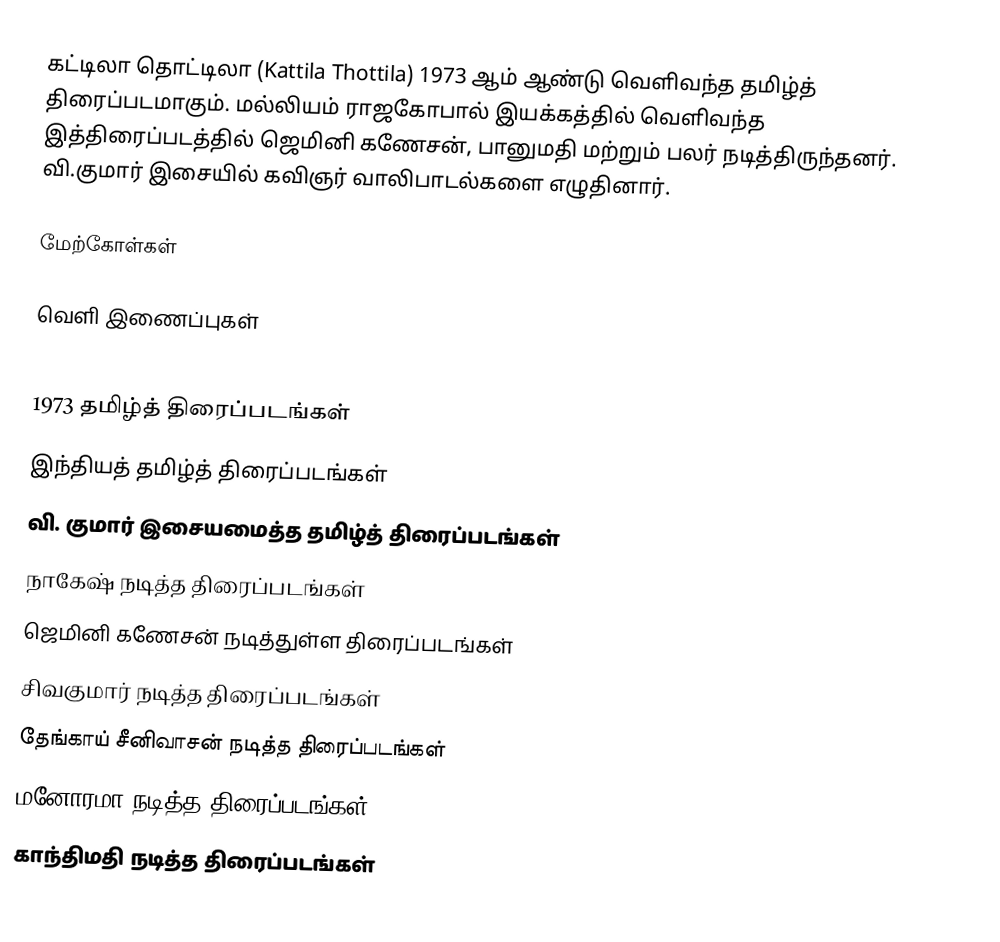
கட்டிலா தொட்டிலா (Kattila Thottila) 1973 ஆம் ஆண்டு வெளிவந்த தமிழ்த் திரைப்படமாகும். மல்லியம் ராஜகோபால் இயக்கத்தில் வெளிவந்த இத்திரைப்படத்தில் ஜெமினி கணேசன், பானுமதி மற்றும் பலர் நடித்திருந்தனர். வி.குமார் இசையில் கவிஞர் வாலிபாடல்களை எழுதினார்.

மேற்கோள்கள்

வெளி இணைப்புகள்

1973 தமிழ்த் திரைப்படங்கள்
இந்தியத் தமிழ்த் திரைப்படங்கள்
வி. குமார் இசையமைத்த தமிழ்த் திரைப்படங்கள்
நாகேஷ் நடித்த திரைப்படங்கள்
ஜெமினி கணேசன் நடித்துள்ள திரைப்படங்கள்
சிவகுமார் நடித்த திரைப்படங்கள்
தேங்காய் சீனிவாசன் நடித்த திரைப்படங்கள்
மனோரமா நடித்த திரைப்படங்கள்
காந்திமதி நடித்த திரைப்படங்கள்